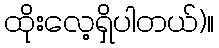
ထိုးလေ့ရှိပါတယ်)။